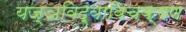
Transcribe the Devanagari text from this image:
यज्ञविद्याविचक्षण